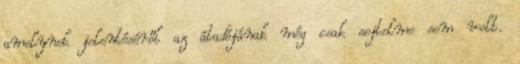
amelynek jelentéséről az átadójának még csak sejtelme sem volt.